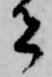
者